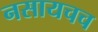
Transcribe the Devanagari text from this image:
नसायचच